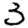
Digit: 3